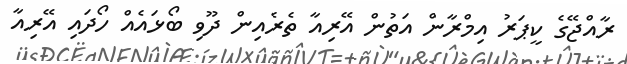
ރާއްޖޭގެ ކީޕަރު އިމްރާން އަތުން އޭރިއާ ތެރެއިން ދޫވި ބޯޅައެއް ހޯދައި އޭރިއާ